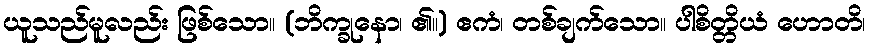
ယူသည်မူလည်း ဖြစ်သော။ (ဘိက္ခုနော၊ ၏။) ဧကံ၊ တစ်ချက်သော။ ပါစိတ္တိယံ ဟောတိ၊